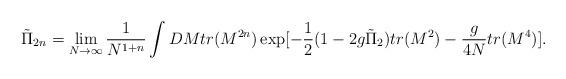
LaTeX: \begin{align*}{\tilde \Pi}_{2n}=\lim _{N \to \infty}\frac{1}{N^{1+n}}\int DMtr(M^{2n})\exp[-\frac{1}{2}(1-2g{\tilde \Pi}_2 )tr(M^2)- \frac{g}{4N}tr(M^4)].\end{align*}